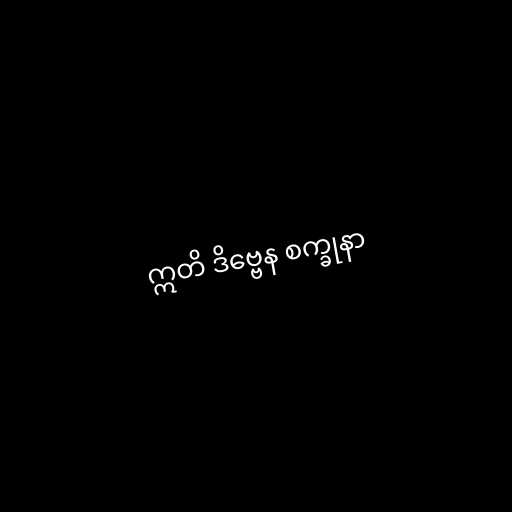
ဣတိ ဒိဗ္ဗေန စက္ခုနာ